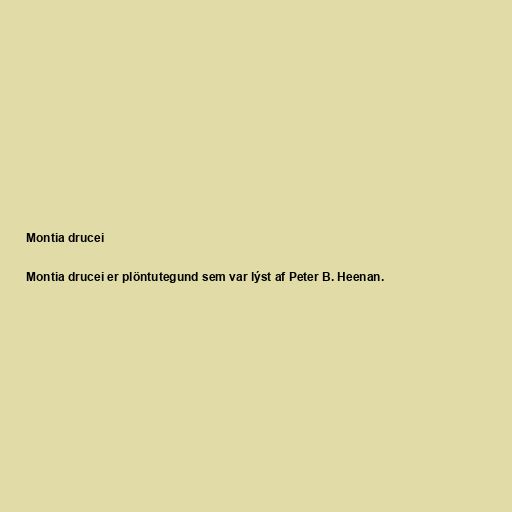
Montia drucei

Montia drucei er plöntutegund sem var lýst af Peter B. Heenan.